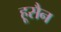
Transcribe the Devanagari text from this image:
हूसैन